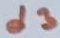
Text: d3